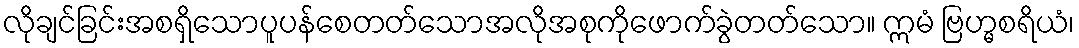
လိုချင်ခြင်းအစရှိသောပူပန်စေတတ်သောအလိုအစုကိုဖောက်ခွဲတတ်သော။ ဣမံ ဗြဟ္မစရိယံ၊